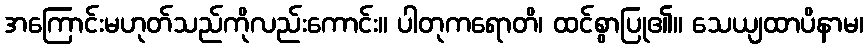
အကြောင်းမဟုတ်သည်ကိုလည်းကောင်း။ ပါတုကရောတိ၊ ထင်စွာပြု၏။ သေယျထာပိနာမ၊